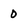
Character: 0